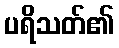
ပရိသတ်၏